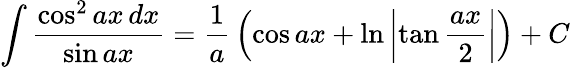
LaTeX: \int{\frac{\cos^{2}ax\, dx}{\sin ax}}={\frac{1}{a}}\left(\cos ax+\ln\left|\tan{\frac{ax}{2}}\right|\right)+C